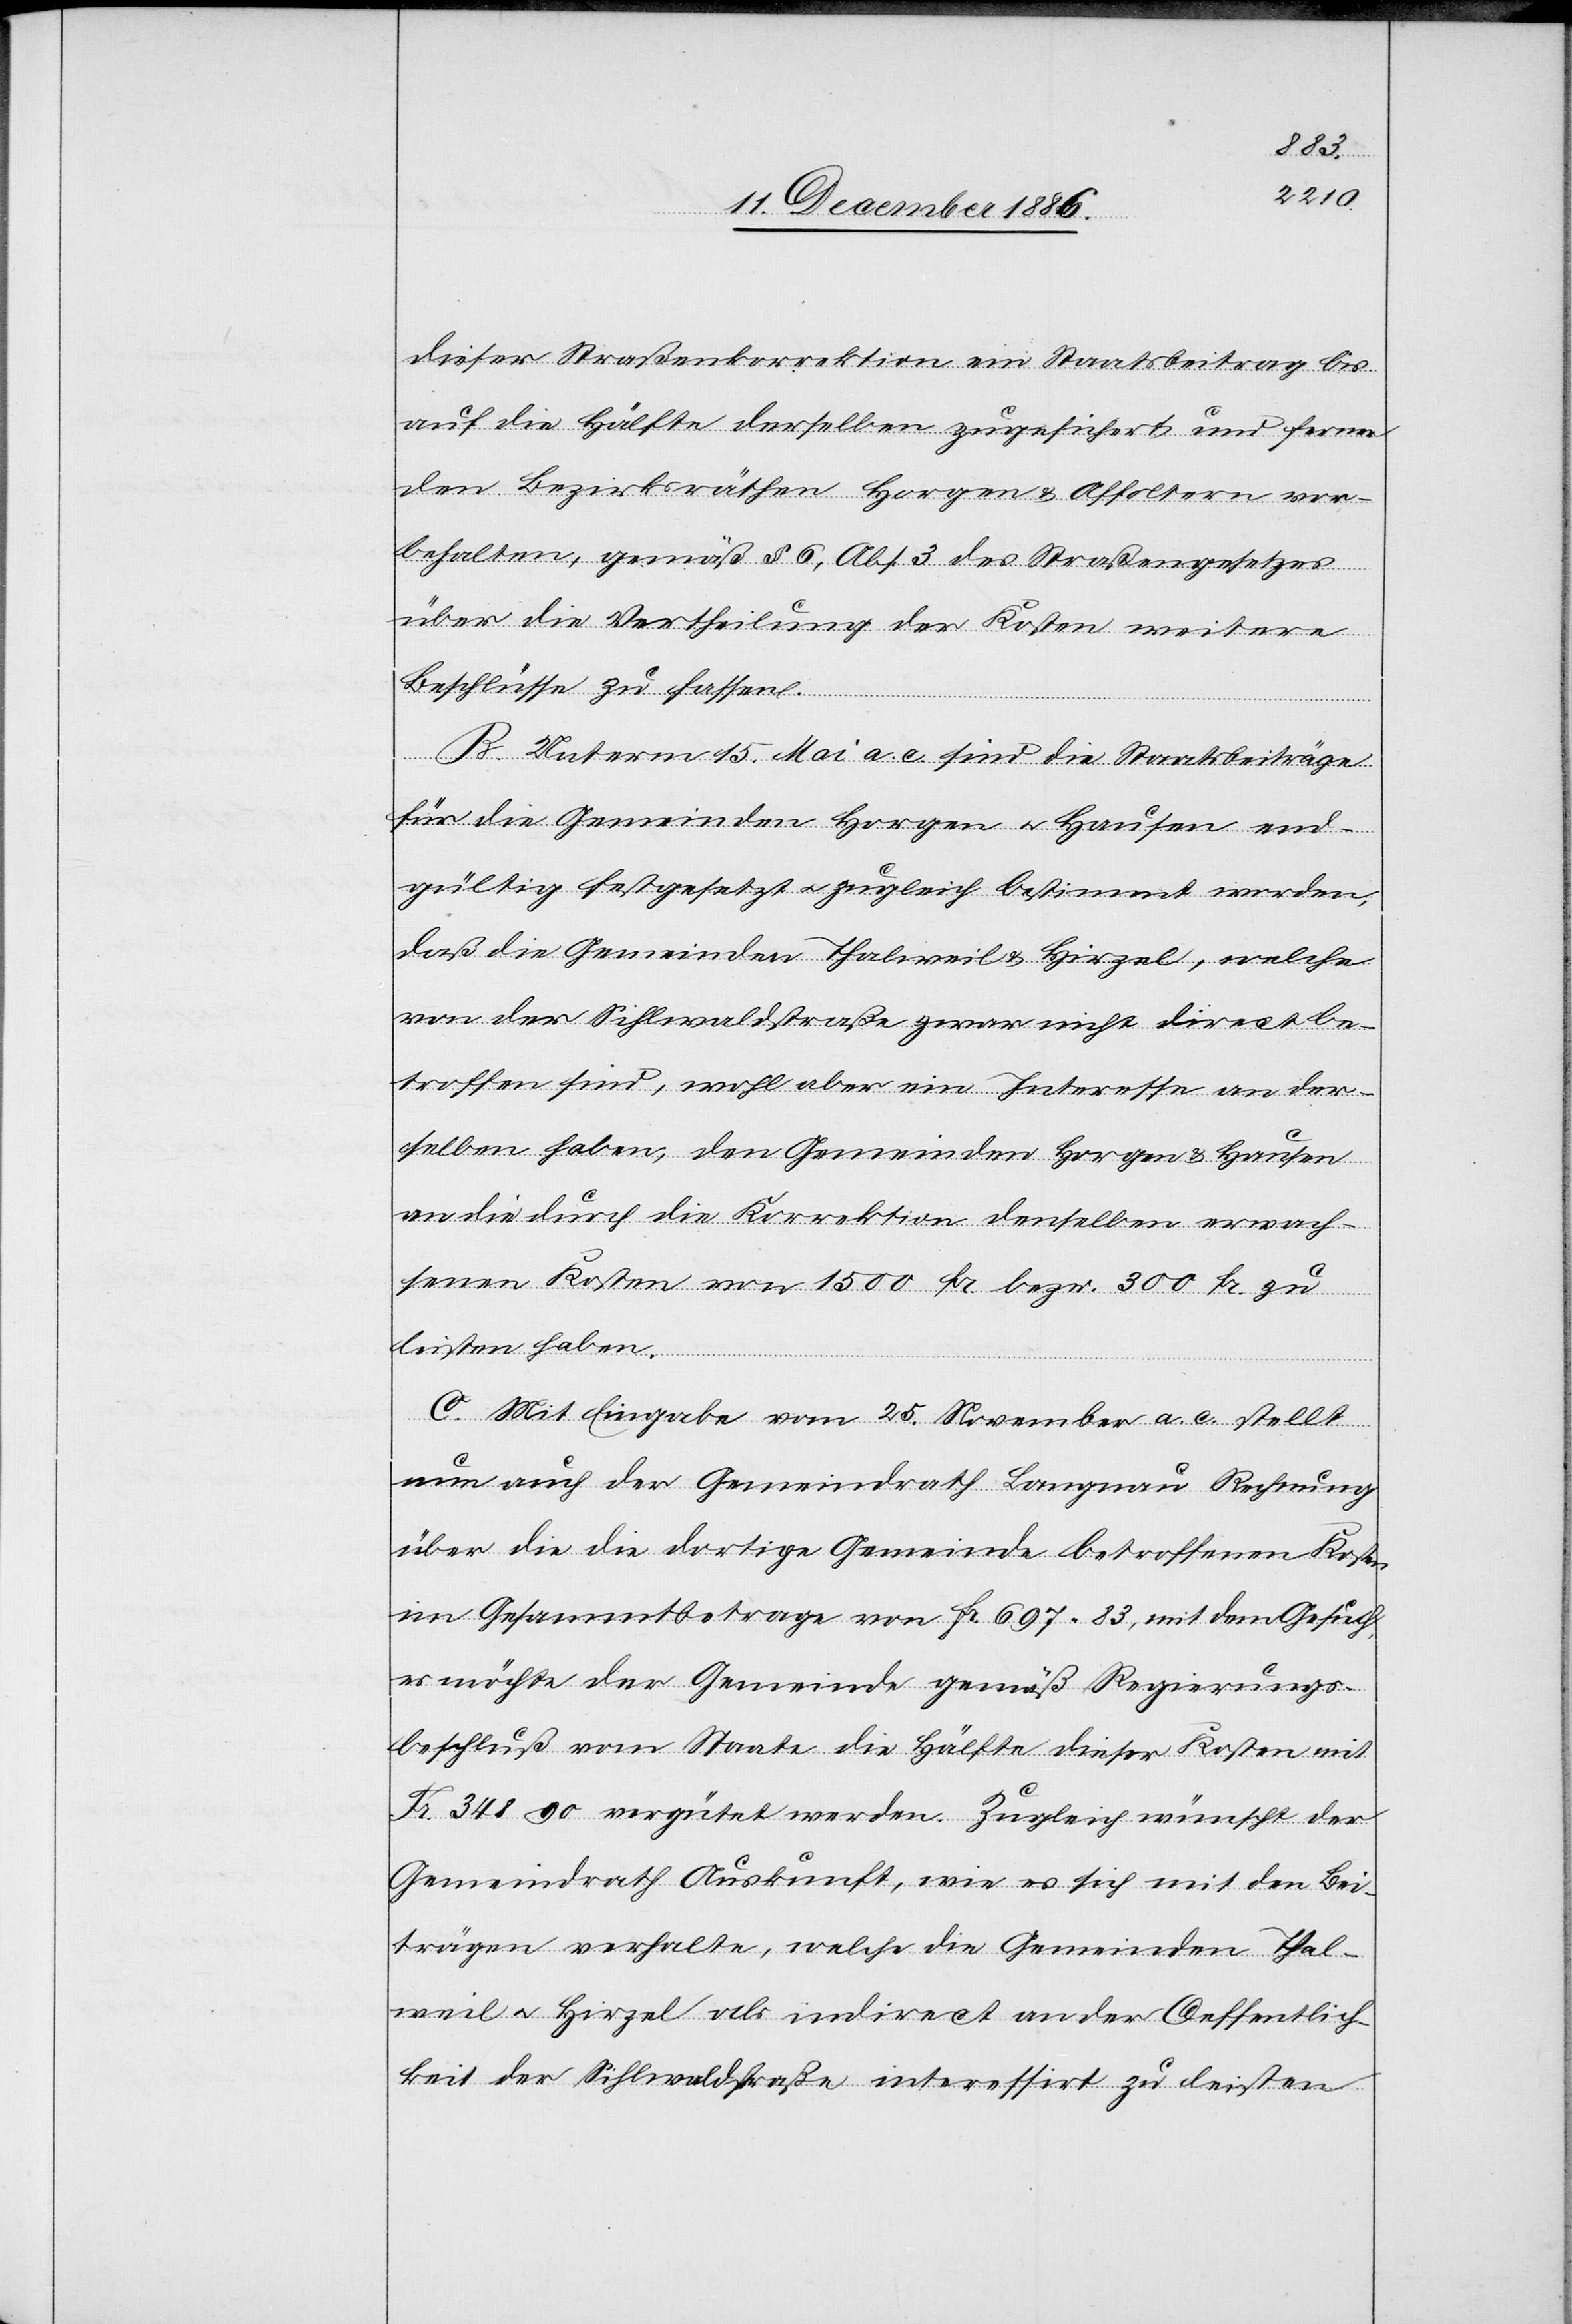
dieser Straßenkorrektion ein Staatsbeitrag bis
auf die Hälfte derselben zugesichert und ferner
den Bezirksräthen Horgen & Affoltern vor¬
behalten, gemäß § 6, Abs. 3 des Straßengesetzes
über die Vertheilung der Kosten weitere
Beschlüsse zu fassen.
B. Unterm 15. Mai a. c. sind die Staatsbeiträge
für die Gemeinden Horgen & Hausen end¬
gültig festgesetzt & zugleich bestimmt worden,
daß die Gemeinden Thalweil & Hirzel, welche
von der Sihlwaldstraße zwar nicht direct be¬
troffen sind, wohl aber ein Interesse an der¬
selben haben, den Gemeinden Horgen & Hausen
an die durch die Korrektion denselben erwach¬
senen Kosten von 1500 Fr. bezw. 300 Fr. zu
leisten haben
C. Mit Eingabe vom 25. November a. c. stellt
nun auch der Gemeindrath Langnau Rechnung
über die die dortige Gemeinde betroffenen Kosten
im Gesammtbetrage von Fr. 697 83, mit dem Gesuch,
es möchte der Gemeinde gemäß Regierungs¬
beschluß vom Staate die Hälfte dieser Kosten mit
Fr. 348 90 vergütet werden. Zugleich wünscht der
Gemeindrath Auskunft, wie es sich mit den Bei¬
trägen verhalte, welche die Gemeinden Thal¬
weil & Hirzel als indirect an der Oeffentlich¬
keit der Sihlwaldstraße interessirt zu leisten